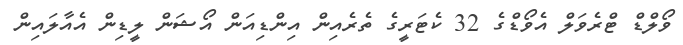
ވޯލްޑް ޓްރެވަލް އެވޯޑްގެ 32 ކެޓަރީގެ ތެރެއިން އިންޑިއަން އޯޝަން ލީޑިން އެއާލައިން